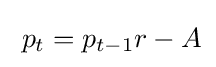
\;p_{t}=p_{t-1}r-A